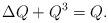
LaTeX: \begin{align*}\Delta Q + Q^{3} = Q.\end{align*}